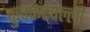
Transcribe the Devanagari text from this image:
कुक्कटपल्ली